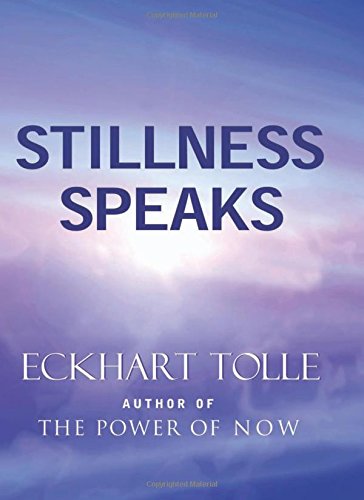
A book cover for Stillness Speaks; Eckhart Tolle; Self-Help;